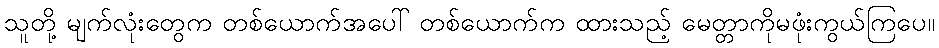
သူတို့ မျက်လုံးတွေက တစ်ယောက်အပေါ် တစ်ယောက်က ထားသည့် မေတ္တာကိုမဖုံးကွယ်ကြပေ။